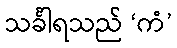
သင်္ခါရသည် ‘ကံ’